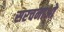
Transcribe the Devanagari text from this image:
सरचनाओ